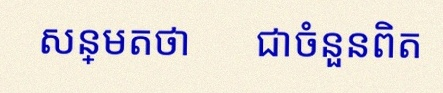
សន្មតថា x ជាចំនួនពិត